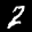
Label: 2